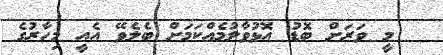
މީ ވަރަށް ބޮޑު އޮޅުވާލުމެއްކަމަށް ބެލެވޭ އެއީ މިހާރުގެ